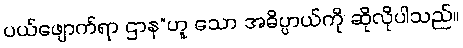
ပယ်ဖျောက်ရာ ဌာန”ဟူ သော အဓိပ္ပာယ်ကို ဆိုလိုပါသည်။